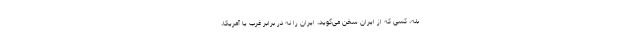
بله، کسی که از ایران سخن می‌گوید، ایران را نه در برابر غرب یا آمریکا،